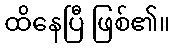
ထိနေပြီ ဖြစ်၏။